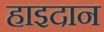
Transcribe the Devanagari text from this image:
हाइदान